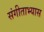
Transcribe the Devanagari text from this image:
संगीताभ्यास